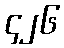
၄၂၆